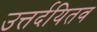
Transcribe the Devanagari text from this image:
उत्तर्दयितव